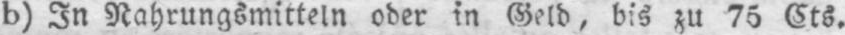
b) In Nahrungsmitteln oder in Geld, bis zu 75 Cts.